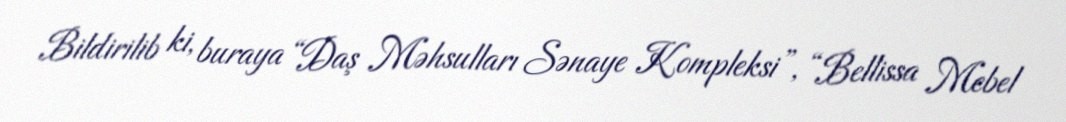
Bildirilib ki, buraya “Daş Məhsulları Sənaye Kompleksi”, “Bellissa Mebel